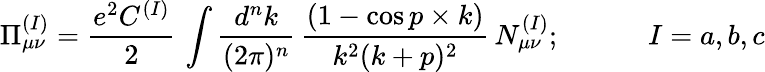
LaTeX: \Pi_{\mu\nu}^{(I)}={\frac{e^{2}C^{(I)}}{2}}\, \int{\frac{d^{n}k}{(2\pi)^{n}}}\, {\frac{(1-\cos p\times k)}{k^{2}(k+p)^{2}}}\, N_{\mu\nu}^{(I)};\; \; \; \; \; \; \; \; \; \; \; I=a,b,c